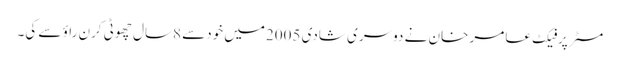
مسٹرپرفیکٹ عامر خان نے دوسری شادی 2005میں خودسے 8سال چھوٹی کرن راؤ سے کی۔